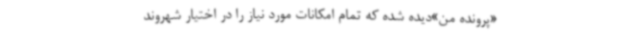
«پرونده من»دیده شده که تمام امکانات مورد نیاز را در اختیار شهروند